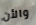
والأن